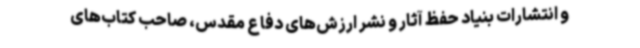
و انتشارات بنیاد حفظ آثار و نشر ارزش‌های دفاع مقدس، صاحب کتاب‌های